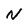
Character: N